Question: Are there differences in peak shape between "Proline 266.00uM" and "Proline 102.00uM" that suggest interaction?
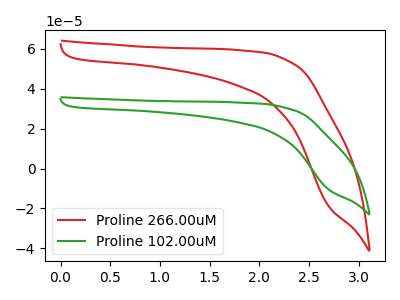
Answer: <think>The red curve "Proline 266.00uM" has no peaks. The green curve "Proline 102.00uM" has no peaks.
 Neither "Proline 266.00uM" or "Proline 102.00uM" have any peaks.</think>
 <answer>No, "Proline 266.00uM" and "Proline 102.00uM" don't appear to be significantly different in shape</answer>
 <eval>no_change</eval>